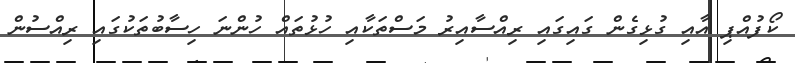
ކޯފުއްޕި އާއި ގުޅިގެން ގައިގައި ރިއްސާއިރު މަސްތަކާއި ހުޅުތައް ހުންނަ ހިސާބުތަކުގައި ރިއްސުން